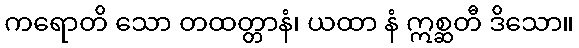
ကရောတိ သော တထတ္တာနံ၊ ယထာ နံ ဣစ္ဆတီ ဒိသော။